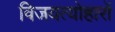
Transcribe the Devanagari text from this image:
विजयत्योहारों